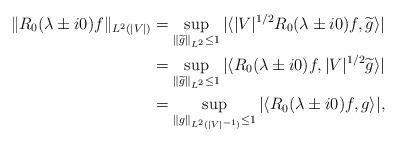
LaTeX: \begin{align*}\|R_0(\lambda\pm i0)f\|_{L^2(|V|)}&=\sup_{\|\widetilde{g}\|_{L^2}\leq1}|\langle|V|^{1/2}R_0(\lambda\pm i0)f,\widetilde{g}\rangle|\\&=\sup_{\|\widetilde{g}\|_{L^2}\leq1}|\langle R_0(\lambda\pm i0)f,|V|^{1/2}\widetilde{g}\rangle|\\&=\sup_{\|g\|_{L^2(|V|^{-1})}\leq1}|\langle R_0(\lambda\pm i0)f,g\rangle|,\end{align*}